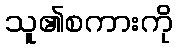
သူ၏စကားကို